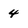
Character: 4